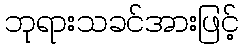
ဘုရားသခင်အားဖြင့်